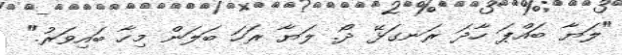
"ލަޔާ ބައްޕަ ހާދަ ރަނގަޅޭ ދޯ. ލަޔާ ރަހަ ބަލަން މިހާ ބައިވަރު."